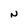
Character: N